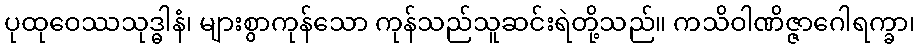
ပုထုဝေဿသုဒ္ဓါနံ၊ များစွာကုန်သော ကုန်သည်သူဆင်းရဲတို့သည်။ ကသိဝါဏိဇ္ဇာဂေါရက္ခာ၊